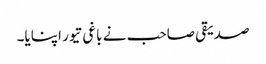
صدیقی صاحب نے باغی تیور اپنایا۔